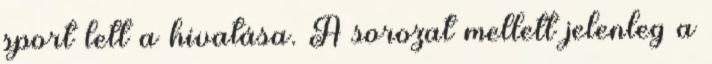
sport lett a hivatása. A sorozat mellett jelenleg a